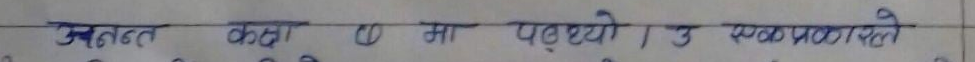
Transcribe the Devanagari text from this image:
उन्नत कथा ८ मा पध्यो। उ स्वभाविकै